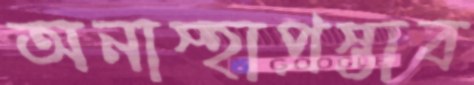
অনাস্হাপ্রস্তাব